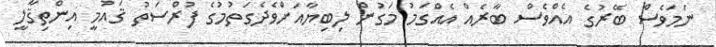
ނަމަވެސް ބޭރުގެ އެއްވެސް ބާރެއް އެއްގަމު މަގުުން ލިބިޔާއަށްވެދެގަތުމުގެ ފުރްސަތު ޤައުމީ އިންތިޤާލީ